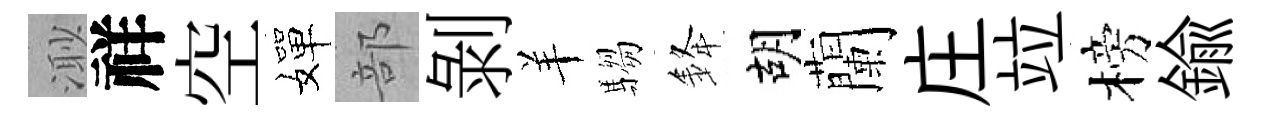
𣺌祥空嬋部剝羊騶𨦟胡蘭庄竝榜鍮